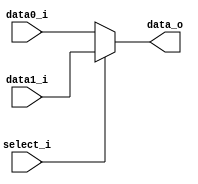
//0713216

//Subject:     CO project 2 - MUX 221
//--------------------------------------------------------------------------------
//Version:     1
//--------------------------------------------------------------------------------
//Writer:      Luke
//----------------------------------------------
//----------------------------------------------
//Description: 
//--------------------------------------------------------------------------------
     
module MUX_2to1(
               data0_i,
               data1_i,
               select_i,
               data_o
               );

parameter size = 0;			   
			
//I/O ports               
input   [size-1:0] data0_i;          
input   [size-1:0] data1_i;
input              select_i;
output  [size-1:0] data_o; 

//Internal Signals
wire     [size-1:0] data_o;

//Main function
assign data_o = (select_i) ? data1_i : data0_i;     //select_i = 0 >> data0_i, select_i = 1 >> data1_i

endmodule